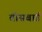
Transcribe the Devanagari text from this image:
वीसबार्ड